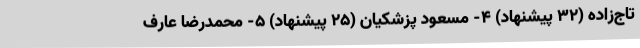
تاج‌زاده (۳۲ پیشنهاد) ۴- مسعود پزشکیان (۲۵ پیشنهاد) ۵- محمدرضا عارف